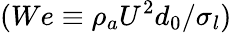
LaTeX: (We\equiv\rho_{a}{U}^{2}d_{0}/\sigma_{l})